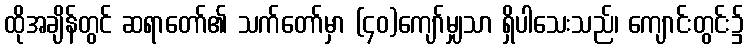
ထိုအချိန်တွင် ဆရာတော်၏ သက်တော်မှာ (၄၀)ကျော်မျှသာ ရှိပါသေးသည်၊ ကျောင်းတွင်း၌